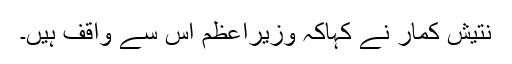
نتیش کمار نے کہاکہ وزیراعظم اس سے واقف ہیں۔